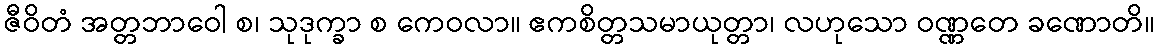
ဇီဝိတံ အတ္တဘာဝေါ စ၊ သုဒုက္ခာ စ ကေဝလာ။ ဧကစိတ္တသမာယုတ္တာ၊ လဟုသော ဝဏ္ဏတေ ခဏောတိ။